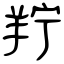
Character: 羜